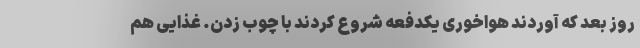
روز بعد که آوردند هواخوری یکدفعه شروع ‌کردند با چوب زدن. غذایی هم